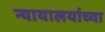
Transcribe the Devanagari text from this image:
न्यायालयांच्या